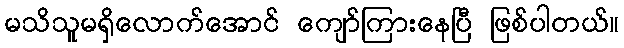
မသိသူမရှိလောက်အောင် ကျော်ကြားနေပြီ ဖြစ်ပါတယ်။